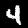
Digit: 4